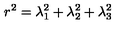
r ^ { 2 } = \lambda _ { 1 } ^ { 2 } + \lambda _ { 2 } ^ { 2 } + \lambda _ { 3 } ^ { 2 }